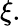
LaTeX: \xi.